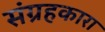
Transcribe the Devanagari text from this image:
संग्रहकारा